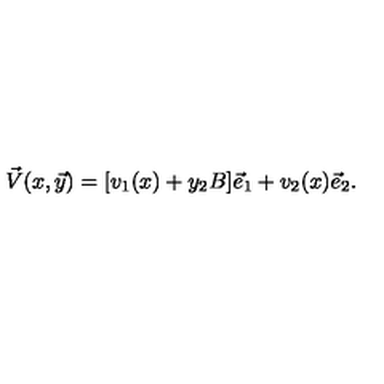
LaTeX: \vec { V } ( x , \vec { y } ) = [ v _ { 1 } ( x ) + y _ { 2 } B ] \vec { e } _ { 1 } + v _ { 2 } ( x ) \vec { e } _ { 2 } .